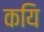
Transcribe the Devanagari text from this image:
कयि